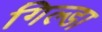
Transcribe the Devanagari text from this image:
गिल्डा